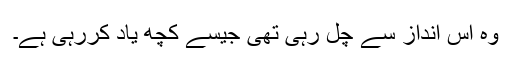
وہ اس انداز سے چل رہی تھی جیسے کچھ یاد کررہی ہے۔